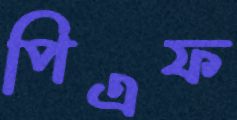
পিএফ